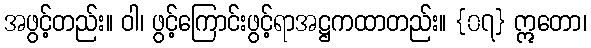
အဖွင့်တည်း။ ဝါ၊ ဖွင့်ကြောင်းဖွင့်ရာအဋ္ဌကထာတည်း။ {၀၇} ဣတော၊